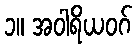
၁။ အဝါရိယဝဂ်